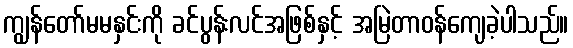
ကျွန်တော်မမနှင်းကို ခင်ပွန်းလင်အဖြစ်နှင့် အမြဲတာဝန်ကျေခဲ့ပါသည်။